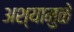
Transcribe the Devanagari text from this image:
अश्यामुळे